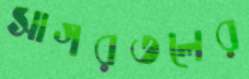
সাগরতলের